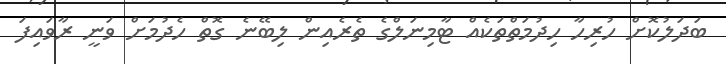
ބަދަލުކޮށް ހުރިހާ ހިދުމަތްތަކެއް ޓާމިނަލްގެ ތެރެއިން ލިބޭނެ ގޮތް ހެދުމަށް ވަނީ ރާވައިފަ